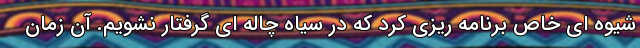
شیوه ای خاص برنامه ریزی کرد که در سیاه چاله ای گرفتار نشویم. آن زمان